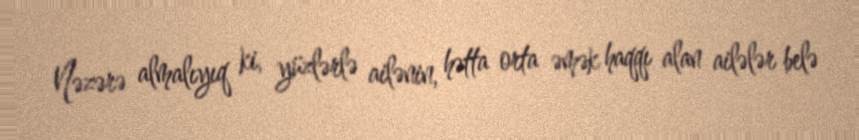
Nəzərə almalıyıq ki, yüzlərlə ailənin, hətta orta əmək haqqı alan ailələr belə